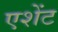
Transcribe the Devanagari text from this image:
एशेंट